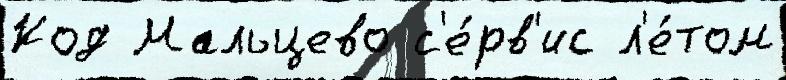
Код Мальцево с'е́рв'ис л'е́том